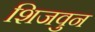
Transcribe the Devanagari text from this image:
शिजवुन